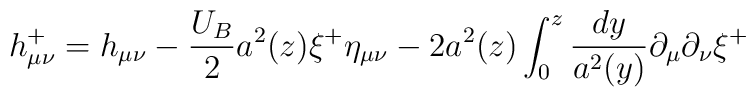
h_{\mu\nu}^+= h_{\mu\nu}-\frac{U_B}{2}a^2(z)\xi^+\eta_{\mu\nu}-2a^2(z)\int_0^z\frac{dy}{a^2(y)}\partial_{\mu}\partial_{\nu}\xi^+